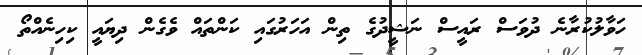
ހަވާލުކުރާނެ ދުވަސް ރައީސް ނަޝީދުގެ ތިން އަހަރުގައި ކަންތައް ވެގެން ދިޔައީ ކިހިނެއްތޯ